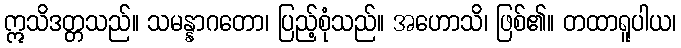
ဣသိဒတ္တသည်။ သမန္နာဂတော၊ ပြည့်စုံသည်။ အဟောသိ၊ ဖြစ်၏။ တထာရူပါယ၊